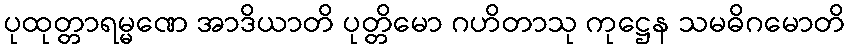
ပုထုတ္တာရမ္မဏေ အာဒိယာတိ ပုတ္တိမော ဂဟိတာသု ကုဋ္ဌေန သမဓိဂမောတိ